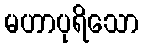
မဟာပုရိသော